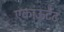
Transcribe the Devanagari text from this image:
एकाऊटैंट